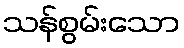
သန်စွမ်းသော